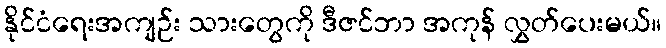
နိုင်ငံရေးအကျဉ်း သားတွေကို ဒီဇင်ဘာ အကုန် လွှတ်ပေးမယ်။